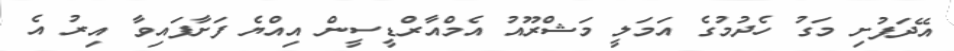
އޭދަފުށި މަގު ހެދުމުގެ އަމަލީ މަޝްރޫއު އެމްއާރްޑީސީން އިއްޔެ ފަށާފައިވާ އިރު އެ